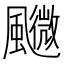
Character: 𩙉